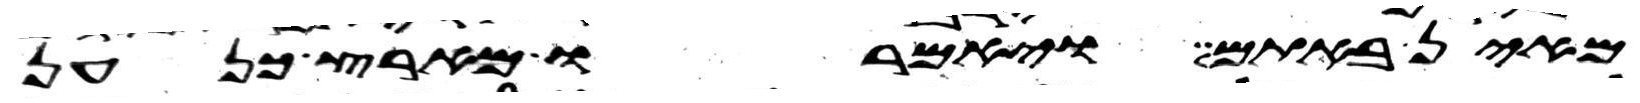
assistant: מאין באתם ויאמרו מארץ כנען